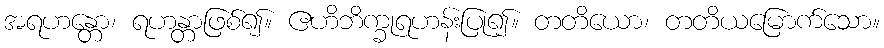
အရဟန္တော၊ ရဟန္တာဖြစ်၍။ ဧဟိဘိက္ခုရဟန်းပြု၍။ တတိယော၊ တတိယမြောက်သော။